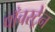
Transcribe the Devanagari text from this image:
पाँचरट्रेन